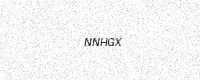
Text: NNHGX